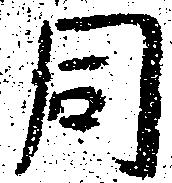
同